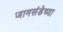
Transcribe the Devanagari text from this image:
जामसंडेच्या